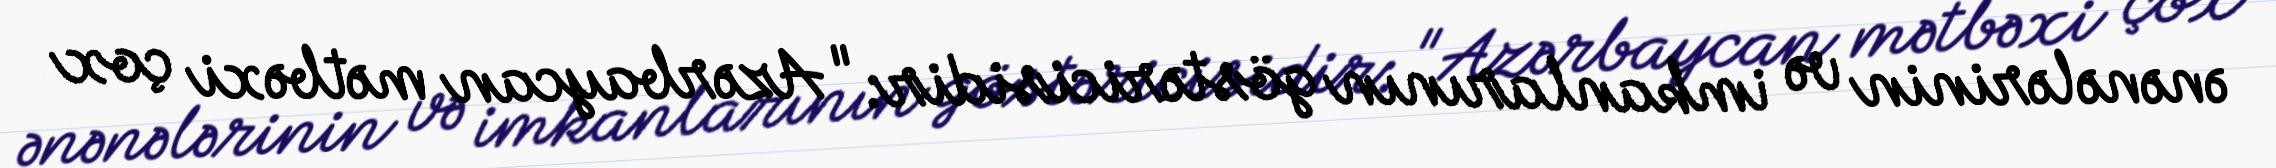
ənənələrinin və imkanlarının göstəricisidir: "Azərbaycan mətbəxi çox